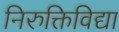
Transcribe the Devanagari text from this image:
निरुक्तिविद्या